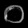
Digit: ၀